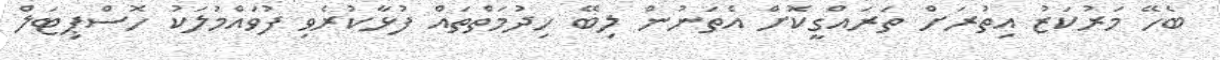
ބެހޭ މަރުކަޒު އިތުރަށް ތަރައްގީކޮށް އެތަނުން ލިބޭ ހިދުމަތްތައް ފުޅާކުރެވި ފުވައްމުލަކު ހޮސްޕިޓަލް